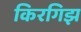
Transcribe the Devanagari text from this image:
किरगिझ